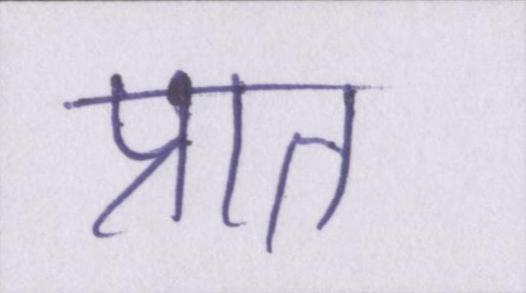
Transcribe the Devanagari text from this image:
प्रात